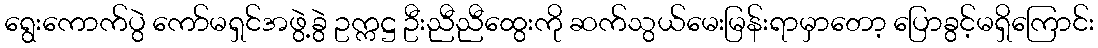
ရွေးကောက်ပွဲ ကော်မရှင်အဖွဲ့ခွဲ ဥက္ကဋ္ဌ ဦးညီညီထွေးကို ဆက်သွယ်မေးမြန်းရာမှာတော့ ပြောခွင့်မရှိကြောင်း